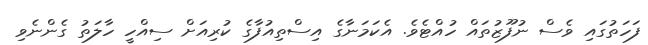
ފަހަތުގައި ވެސް ނުފޫޒުތައް ހުއްޓެވެ. އެކަމަނާގެ އިސްތިއުފާގެ ކުރިއަށް ސިއްހީ ހާލަތު ގެންނެވި